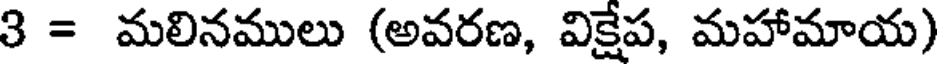
3 = మలినములు (అవరణ, విక్షేప, మహామాయ)